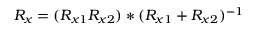
R _ { x } = { ( R _ { x 1 } R _ { x 2 } ) } * { ( R _ { x 1 } + R _ { x 2 } ) ^ { - 1 } }